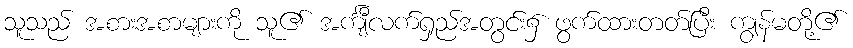
သူသည် အစားအစာများကို သူ၏ အင်္ကျီလက်ရှည်အတွင်း၌ ဖွက်ထားတတ်ပြီး ကျွန်မတို့၏